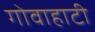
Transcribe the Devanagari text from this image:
गोवाहाटी